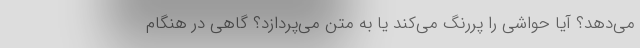
می‌دهد؟ آیا حواشی را پررنگ می‌کند یا به متن می‌پردازد؟ گاهی در هنگام